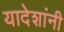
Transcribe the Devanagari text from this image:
यादेशांनी